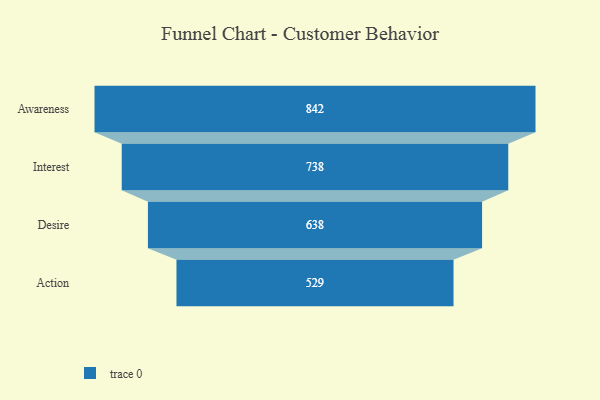
{"axis": {"x": "Stage", "y": "Value"}, "legend": [""], "data": [{"x": "Awareness", "y": 842.0, "type": ""}, {"x": "Interest", "y": 738.0, "type": ""}, {"x": "Desire", "y": 638.0, "type": ""}, {"x": "Action", "y": 529.0, "type": ""}]}